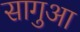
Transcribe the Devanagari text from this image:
सागुआ